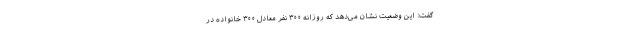
گفت: این وضعیت نشان می‌دهد که روزانه ۳۰۰ نفر معادل ۳۰۰ خانواده در